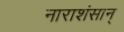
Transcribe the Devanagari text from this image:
नाराशंसान्